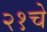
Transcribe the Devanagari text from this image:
२१चे